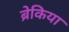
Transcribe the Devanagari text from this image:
ब्रेकिया